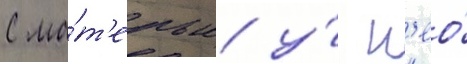
С ма́т'ерью у́ н'ео́